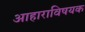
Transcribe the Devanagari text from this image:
आहाराविषयक